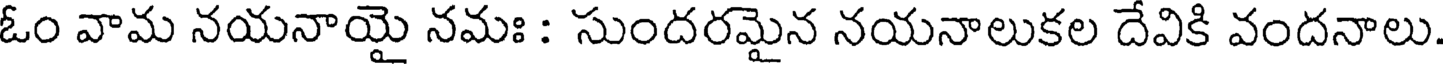
ఓం వామ నయనాయై నమః : సుందరమైన నయనాలుకల దేవికి వందనాలు